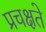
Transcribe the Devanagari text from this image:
प्रचक्षते